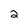
Character: 2